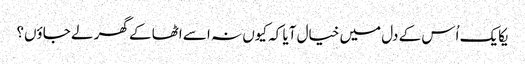
یکایک اُس کے دل میں خیال آیا کہ کیوں نہ اسے اٹھا کے گھر لے جاؤں؟